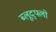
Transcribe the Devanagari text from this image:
ब्लूद्फ्लो